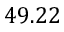
4 9 . 2 2